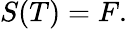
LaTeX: {\mathbf{}}S(T)=F.